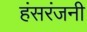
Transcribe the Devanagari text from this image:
हंसरंजनी